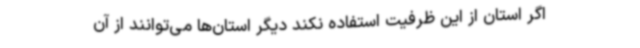
اگر استان از این ظرفیت استفاده نکند دیگر استان‌ها می‌توانند از آن